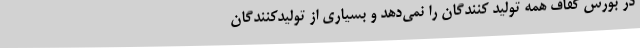
در بورس کفاف همه تولید کنندگان را نمی‌دهد و بسیاری از تولیدکنندگان